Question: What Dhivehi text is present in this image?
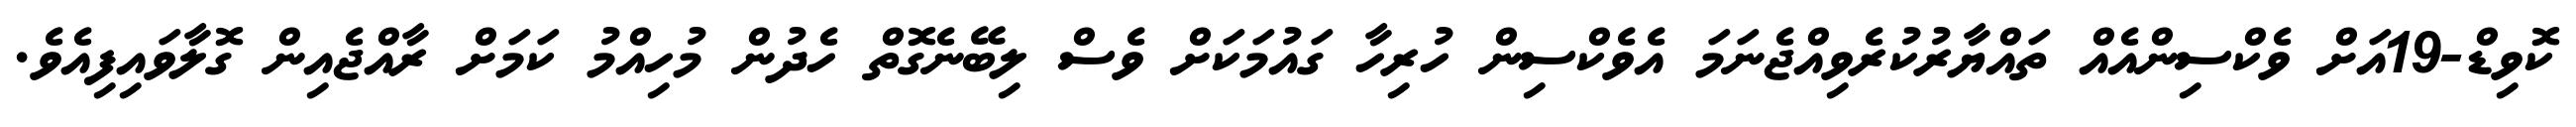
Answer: ކޮވިޑް-19އަށް ވެކްސިންއެއް ތައްޔާރުކުރެވިއްޖެނަމަ އެވެކްސިން ހުރިހާ ގައުމަކަށް ވެސް ލިބޭނެގޮތް ހެދުން މުހިއްމު ކަމަށް ރާއްޖެއިން ގޮލާވައިފިއެވެ.